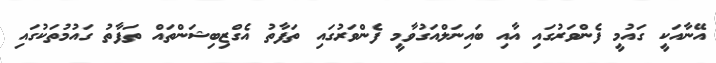
އޭނާއަކީ ގައުމީ ފެންވަރުގައި އާއި ބައިނަލްއަގުވާމީ ފެންވަރުގައި ތަފާތު އެގްޒިބިޝަންތައް ތަފާތު ގައުމުތަކުގައި